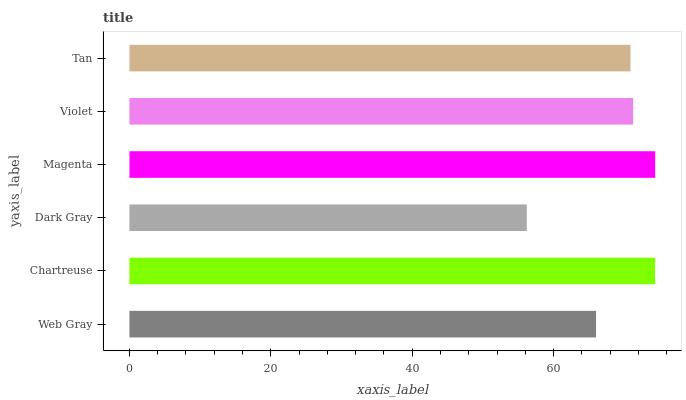
| yaxis_label | bars |
 | --- | --- |
 | Web Gray | 66 |
 | Chartreuse | 74.4 |
 | Dark Gray | 56.2 |
 | Magenta | 74.4 |
 | Violet | 71.3 |
 | Tan | 70.9 |